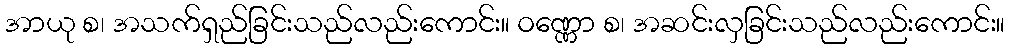
အာယု စ၊ အသက်ရှည်ခြင်းသည်လည်းကောင်း။ ဝဏ္ဏော စ၊ အဆင်းလှခြင်းသည်လည်းကောင်း။